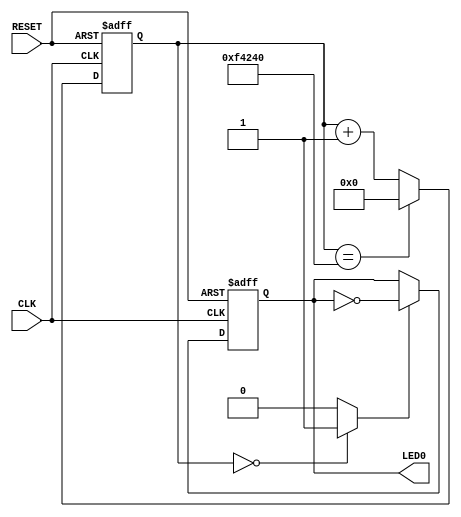
module Divide_Clock(CLK, RESET, LED0);

	input CLK, RESET;
	output LED0;
	
	reg LED0 = 0;
	reg [25:0] tmp_count = 0;
	
	always @(posedge CLK or negedge RESET)
	begin
		if (!RESET) tmp_count <= 0;
		else if (tmp_count == 1000000) tmp_count <= 0;
		else tmp_count <= tmp_count + 1;
	end
	
	assign enable = (tmp_count == 0) ? 1 : 0;
	
	always @(posedge CLK or negedge RESET)
	begin
		if (!RESET) LED0 <= 0;
		else if (enable == 1) LED0 <= ~LED0;
	end
	
endmodule